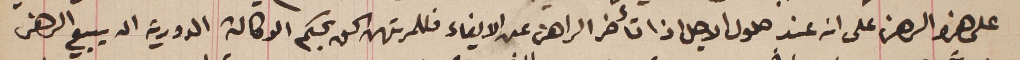
على هذا الرهن على انه عند حلول الاجل اذا تأخر الراهن عن الايفاء فللمرتهن الحق بحكم الوكالة الدورية ان يبيع الرهن